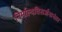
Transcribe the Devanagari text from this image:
निर्माल्यविसर्जनानंतर